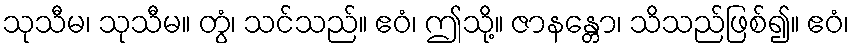
သုသီမ၊ သုသီမ။ တွံ၊ သင်သည်။ ဧဝံ၊ ဤသို့။ ဇာနန္တော၊ သိသည်ဖြစ်၍။ ဧဝံ၊